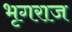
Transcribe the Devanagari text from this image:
भृगराज